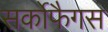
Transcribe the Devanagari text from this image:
सर्कोफैगस